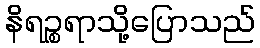
နိရဉ္စရာသို့ပြောသည်